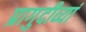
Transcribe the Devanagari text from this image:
प्रागुदीव्यां